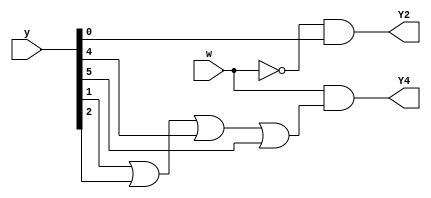
module top_module (
    input [6:1] y,
    input w,
    output Y2,
    output Y4);

    parameter A=1, B=2, C=3, D=4, E=5, F=6;

    reg [6:1] n_y;

    always @(*) begin
        begin
            n_y[A] = (w) & (y[A] | y[D]);
            n_y[B] = (~w) & y[A];
            n_y[C] = (~w) & (y[B] | y[F]);
            n_y[D] = (w) & (y[B] | y[C] | y[E] | y[F]);
            n_y[E] = (w) & (y[C] | y[E]);
            n_y[F] = (w) & y[D];
        end
    end

    assign Y2 = n_y[2];
    assign Y4 = n_y[4];


endmodule